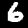
Label: 6